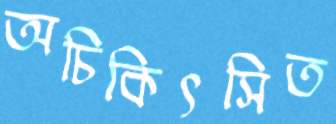
অচিকিৎসিত